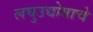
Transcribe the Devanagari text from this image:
लघुउद्योगाचे